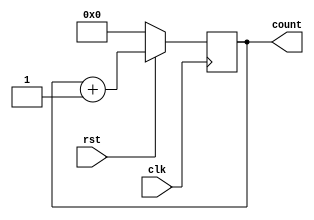
// counter 
module counter #(parameter size= 8)(clk,rst,count);
  input clk,rst;
  output reg [size-1:0]count;
  always @(posedge clk )
  begin
    if(rst == 0) count = 0;
  else  count = count+1;
      
  end
endmodule